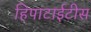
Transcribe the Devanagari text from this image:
हिपाटाईटीस